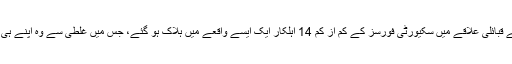
پیر 28 مارچ کو افغانستان سے ملحقہ پاکستان کے قبائلی علاقے میں سکیورٹی فورسز کے کم از کم 14 اہلکار ایک ایسے واقعے میں ہلاک ہو گئے، جس میں غلطی سے وہ اپنے ہی ساتھیوں کے ایک مارٹر گولے کا نشانہ بن گئے۔